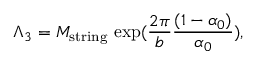
\Lambda _ { 3 } = M _ { \mathrm { s t r i n g } } ~ \mathrm { e x p } { ( { \frac { 2 \pi } { b } } { \frac { ( 1 - \alpha _ { 0 } ) } { \alpha _ { 0 } } } ) } ,